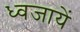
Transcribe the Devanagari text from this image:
ध्वजायें